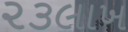
૨૩લાખ